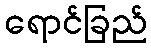
ရောင်ခြည်